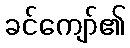
ခင်ကျော်၏